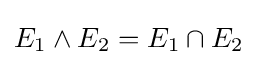
E_{1}\wedge E_{2}=E_{1}\cap E_{2}